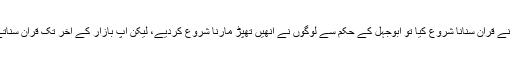
‘‘ انہوں نے قرآن سنانا شروع کیا تو ابوجہل کے حکم سے لوگوں نے انھیں تھپڑ مارنا شروع کردیے، لیکن آپ بازار کے آخر تک قرآن سناتے گئے۔